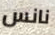
نانس